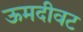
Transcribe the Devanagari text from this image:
ऊमदीवट